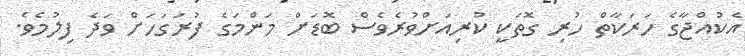
އެކުއްޖާގެ ހަރަކާތް ހުރި ގޮތަކީ ކުރިއަށްވުރެވެސް ބޮޑަށް މަންމަގެ ފުރަގަހަށް ވަދެ ފިލުމެވެ.